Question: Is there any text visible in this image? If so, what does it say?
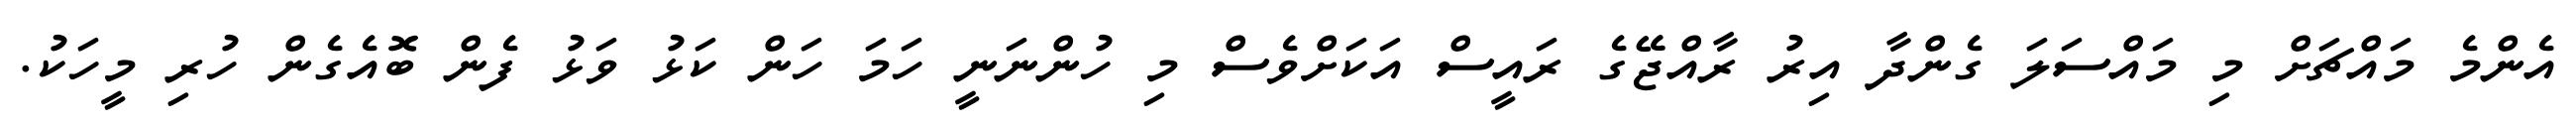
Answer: އެންމެ މައްޗަށް މި މައްސަލަ ގެންދާ އިރު ރާއްޖޭގެ ރައީސް އަކަށްވެސް މި ހުންނަނީ ހަމަ ހަން ކަޅު ވަޅު ފެން ބޮއެގެން ހުރި މީހަކު.